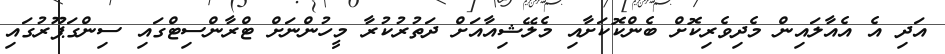
އަދި އެ އެއާލައިން މެދިވެރިކޮށް ބެންކޮކަށާއި މެލޭޝިއާއަށް ދަތުރުކުރާ މީހުންނަށް ޓްރާންސިޓްގައި ސިންގަޕޫރުގައި